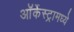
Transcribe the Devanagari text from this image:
ऑर्केस्ट्रामध्ये